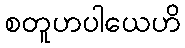
စတူဟပါယေဟိ